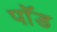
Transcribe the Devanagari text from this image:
पाॅॅड